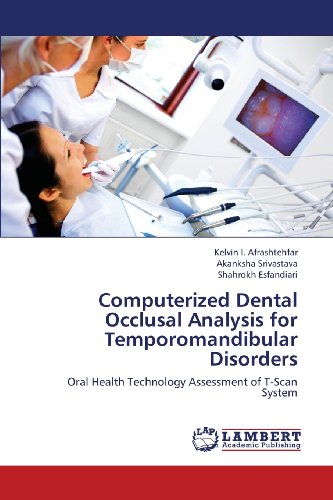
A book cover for Computerized Dental Occlusal Analysis for Temporomandibular Disorders: Oral Health Technology Assessment of T-Scan System; Kelvin I. Afrashtehfar; Medical Books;